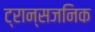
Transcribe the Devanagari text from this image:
ट्रान्सजनिक